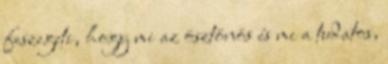
feszegeti, hogy mi az ösztönös és mi a tudatos,